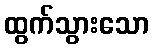
ထွက်သွားသော